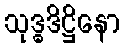
သုဒ္ဓဒိဋ္ဌိနော